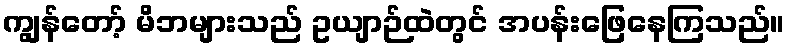
ကျွန်တော့် မိဘများသည် ဥယျာဉ်ထဲတွင် အပန်းဖြေနေကြသည်။